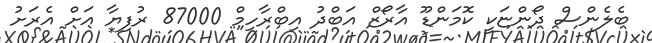
ބެލެންސް ދޯންޏަކީ ކޮމަންޑޫ އާރޯޒް އަބްދު އިބްރާހިމް 87000 ރުފިޔާ އަށް އެރަށު